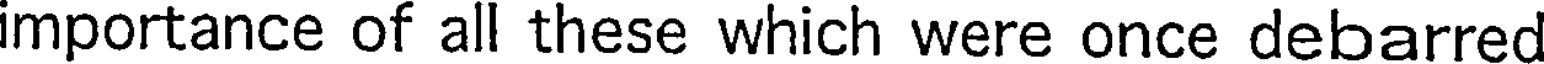
importance of all these which were once debarred